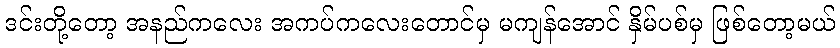
ဒင်းတို့တော့ အနည်ကလေး အကပ်ကလေးတောင်မှ မကျန်အောင် နှိမ်ပစ်မှ ဖြစ်တော့မယ်